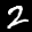
Label: 2